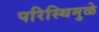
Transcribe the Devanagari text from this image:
परिस्थिमुळे